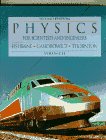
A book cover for Physics for Scientists and Engineers: Extended Version, Vol. 2, 2nd Edition; Paul M. Fishbane; Science & Math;